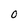
Character: O